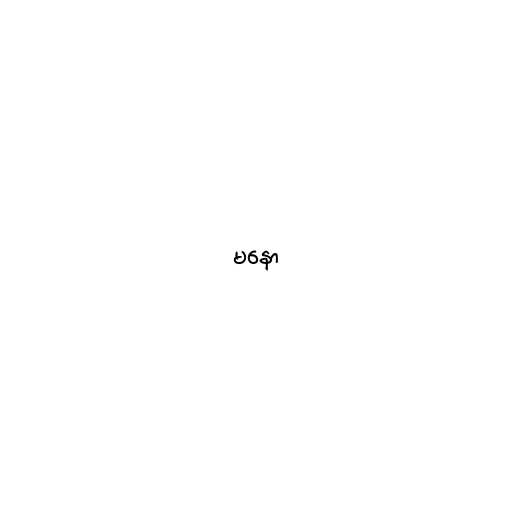
မနော